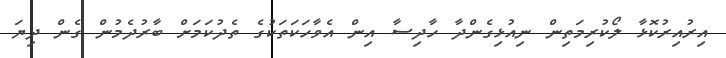
އިރުއިރުކޮޅާ ލޯކުރިމަތިން ނިއުޅިގެންދާ ހާދިސާ އިން އެވާހަކަތަކުގެ ތެދުކަމަށް ބާރުދެމުން ގެން ދިޔަ